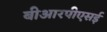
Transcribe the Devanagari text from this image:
बीआरपीएसई